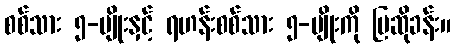
စစ်သား ၅-မျိုးနှင့် ရဟန်းစစ်သား ၅-မျိုးကို ပြဆိုခန်း။